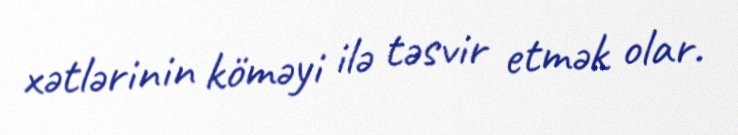
xәtlәrinin kömәyi ilә tәsvir etmәk olar.